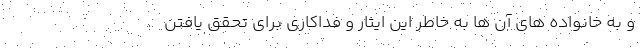
و به خانواده های آن ها به خاطر این ایثار و فداکاری برای تحقق یافتن